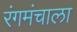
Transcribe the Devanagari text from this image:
रंगमंचाला